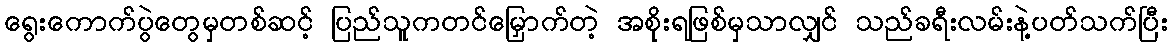
ရွေးကောက်ပွဲတွေမှတစ်ဆင့် ပြည်သူကတင်မြှောက်တဲ့ အစိုးရဖြစ်မှသာလျှင် သည်ခရီးလမ်းနဲ့ပတ်သက်ပြီး